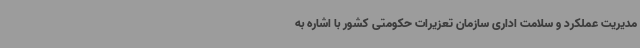
مدیریت عملکرد و سلامت اداری سازمان تعزیرات حکومتی کشور با اشاره به